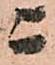
ニ